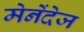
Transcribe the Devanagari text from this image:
मेनेंदेज